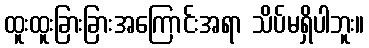
ထူးထူးခြားခြားအကြောင်းအရာ သိပ်မရှိပါဘူး။